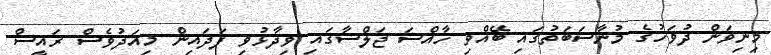
މިނިވަން ދުވަހުގެ މުނާސަބަތުގައި ބޭއްވި ހާއްސަ ޖަލްސާގައި ވިދާޅުވި ފަދައިން މިއަދުވެސް ރައީސް